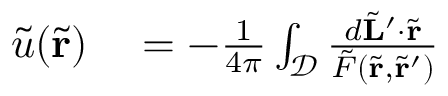
\begin{array} { r l } { \tilde { u } ( \tilde { \mathbf { r } } ) } & { { } = - \frac { 1 } { 4 \pi } \int _ { \mathcal { D } } \frac { d \tilde { \mathbf { L } } ^ { \prime } \cdot \tilde { \mathbf { r } } } { \tilde { F } ( \tilde { \mathbf { r } } , \tilde { \mathbf { r } } ^ { \prime } ) } } \end{array}